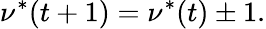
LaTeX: \nu^{*}(t+1)=\nu^{*}(t)\pm 1.